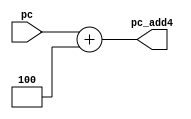
//module:add pc


module PCAdd(
    input       [31:0]  pc,
    output      [31:0]  pc_add4
);
    assign pc_add4 = pc + 32'd4;
endmodule